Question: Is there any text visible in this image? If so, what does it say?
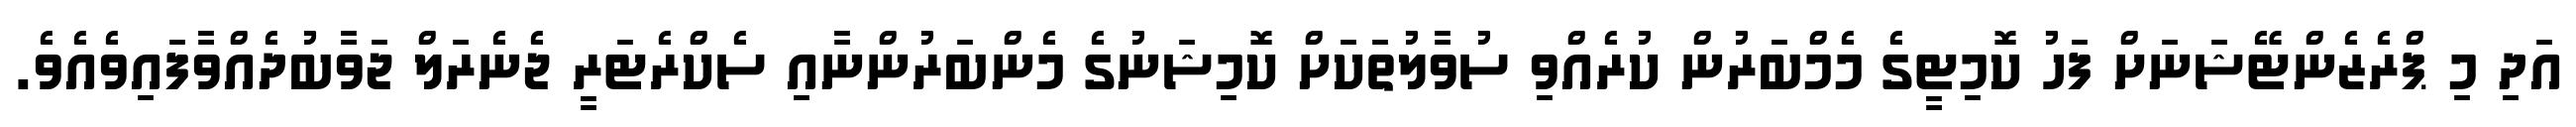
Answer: އަދި މި ޕްރެޒެންޓޭޝަނަށް ފަހު ކޮމިޓީގެ މެމްބަރުން ކުރެއްވި ސުވާލުތަކަށް ކޮމިޝަނުގެ މެންބަރުންނާއި ސެކްރެޓަރީ ޖެނެރަލް ޖަވާބުދެއްވާފައިވެއެވެ.